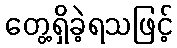
တွေ့ရှိခဲ့ရသဖြင့်